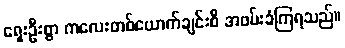
ရှေးဦးစွာ ကလေးတစ်ယောက်ချင်းစီ အဖမ်းခံကြရသည်။